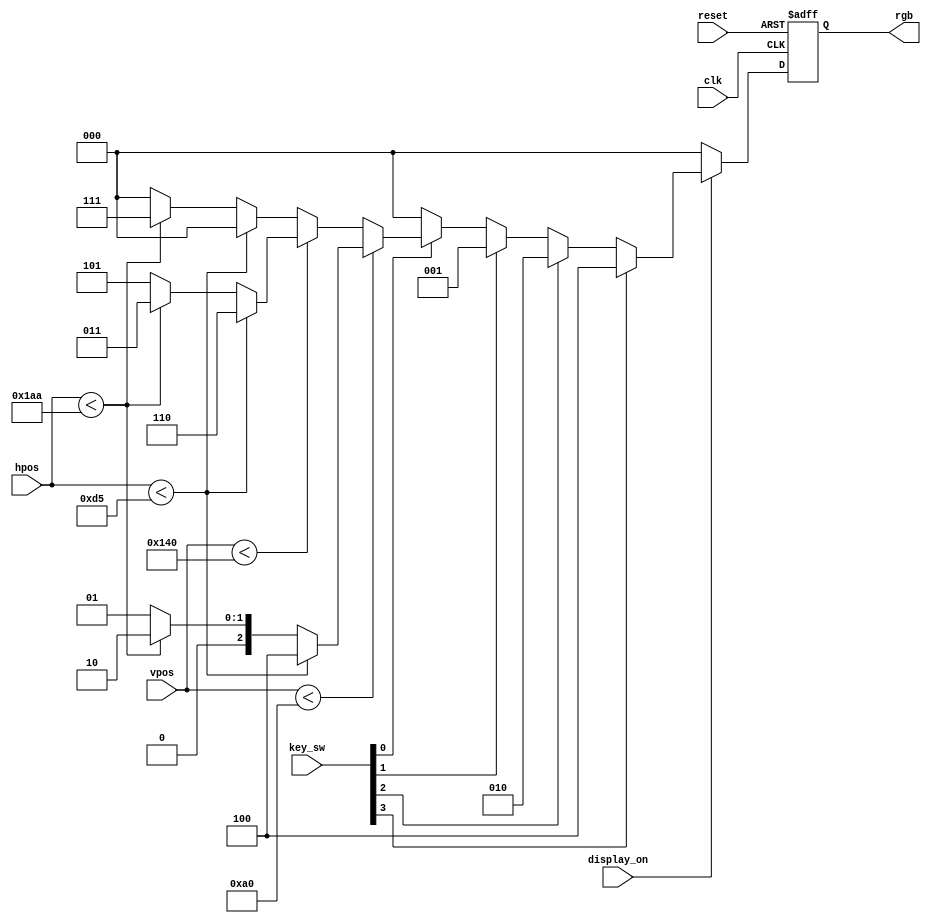
module color_square
# (
    parameter HPOS_WIDTH          = 10,
              VPOS_WIDTH          = 10,

              // Display constants
              H_DISPLAY           = 640,  // Horizontal display width
              V_DISPLAY           = 480   // Vertical display height
)

(
    input                          clk,
    input                          reset,
    input                          display_on,
    input                    [3:0] key_sw,
    input       [HPOS_WIDTH - 1:0] hpos,
    input       [VPOS_WIDTH - 1:0] vpos,
    output reg  [2:0]              rgb
);

    always @ (posedge clk or posedge reset)
        if (reset)
            rgb <= 3'b000;
        else if (! display_on)
            rgb <= 3'b000;
            else if (key_sw[3])
                rgb <= 3'b100;
            else if (key_sw[2])
                rgb <= 3'b010;
            else if (key_sw[1])
                rgb <= 3'b001;
            else
                if  (key_sw[0]) 
                    if (vpos < V_DISPLAY/3)
                        if (hpos < H_DISPLAY/3)
                            rgb <= 3'b100;
                        else if (hpos < H_DISPLAY*2/3)
                            rgb <= 3'b010;
                        else
                            rgb <= 3'b001;
                            
                    else if (vpos < V_DISPLAY*2/3)
                        if (hpos < H_DISPLAY/3)
                            rgb <= 3'b110;
                        else if (hpos < H_DISPLAY*2/3)
                            rgb <= 3'b011;
                        else
                            rgb <= 3'b101;
                            
                    else
                        if (hpos < H_DISPLAY/3)
                            rgb <= 3'b000;
                        else if (hpos < H_DISPLAY*2/3)
                            rgb <= 3'b111;
                        else
                            rgb <= 3'b000;
            else 
                rgb <= 3'b000;

endmodule